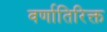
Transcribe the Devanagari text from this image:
वर्णातिरिक्त